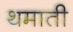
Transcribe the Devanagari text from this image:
थमाती